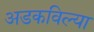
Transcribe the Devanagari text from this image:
अडकविल्या